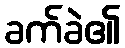
ခက်ခဲ၏